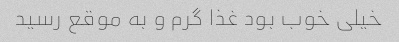
خیلی خوب بود غذا گرم و به موقع رسید